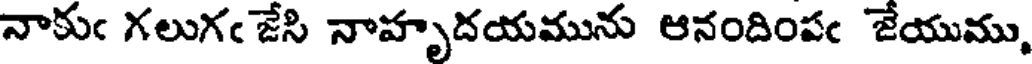
నాకుఁ గలుగఁ జేసి నాహృదయమును ఆనందింపఁ జేయుము,